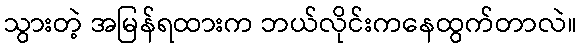
သွားတဲ့ အမြန်ရထားက ဘယ်လိုင်းကနေထွက်တာလဲ။